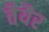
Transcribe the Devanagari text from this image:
तैयैर